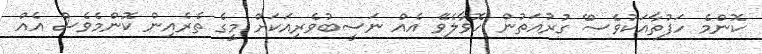
ކޮންމެ ހަފުތާއަކުވެސްެ ގުރުއަތުން ހޮވާލެވޭ އެއް ނަސީބުވެރިއަކަށް މީގެ ތެރެއިން ކޮންމެވެސް އެއް